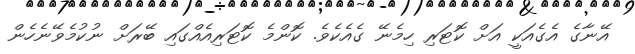
އޭނާގެ އެގެއަކީ އަށް ކޮޓަރި ހިމެނޭ ގެއެކެވެ. ކޮންމެ ކޮޓަރިއެެއްގައި ބޭރަށް ނުކުމެވޭނެހެން